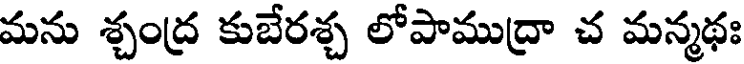
మను శ్చంద్ర కుబేరశ్చ లోపాముద్రా చ మన్మథః